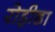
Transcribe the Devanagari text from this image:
रोहीडा